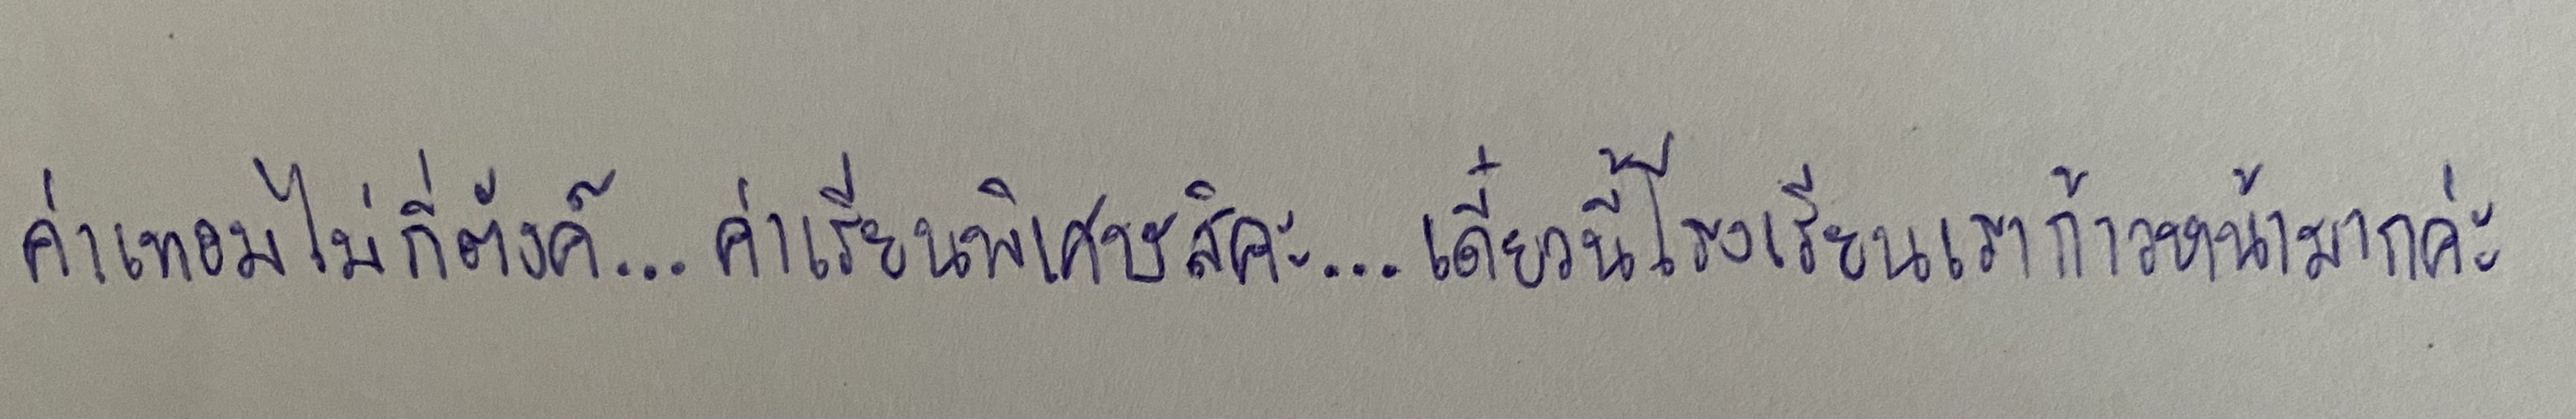
ค่าเทอมไม่กี่ตังค์...ค่าเรียนพิเศษสิคะ...เดี๋ยวนี้โรงเรียนเราก้าวหน้ามากค่ะ